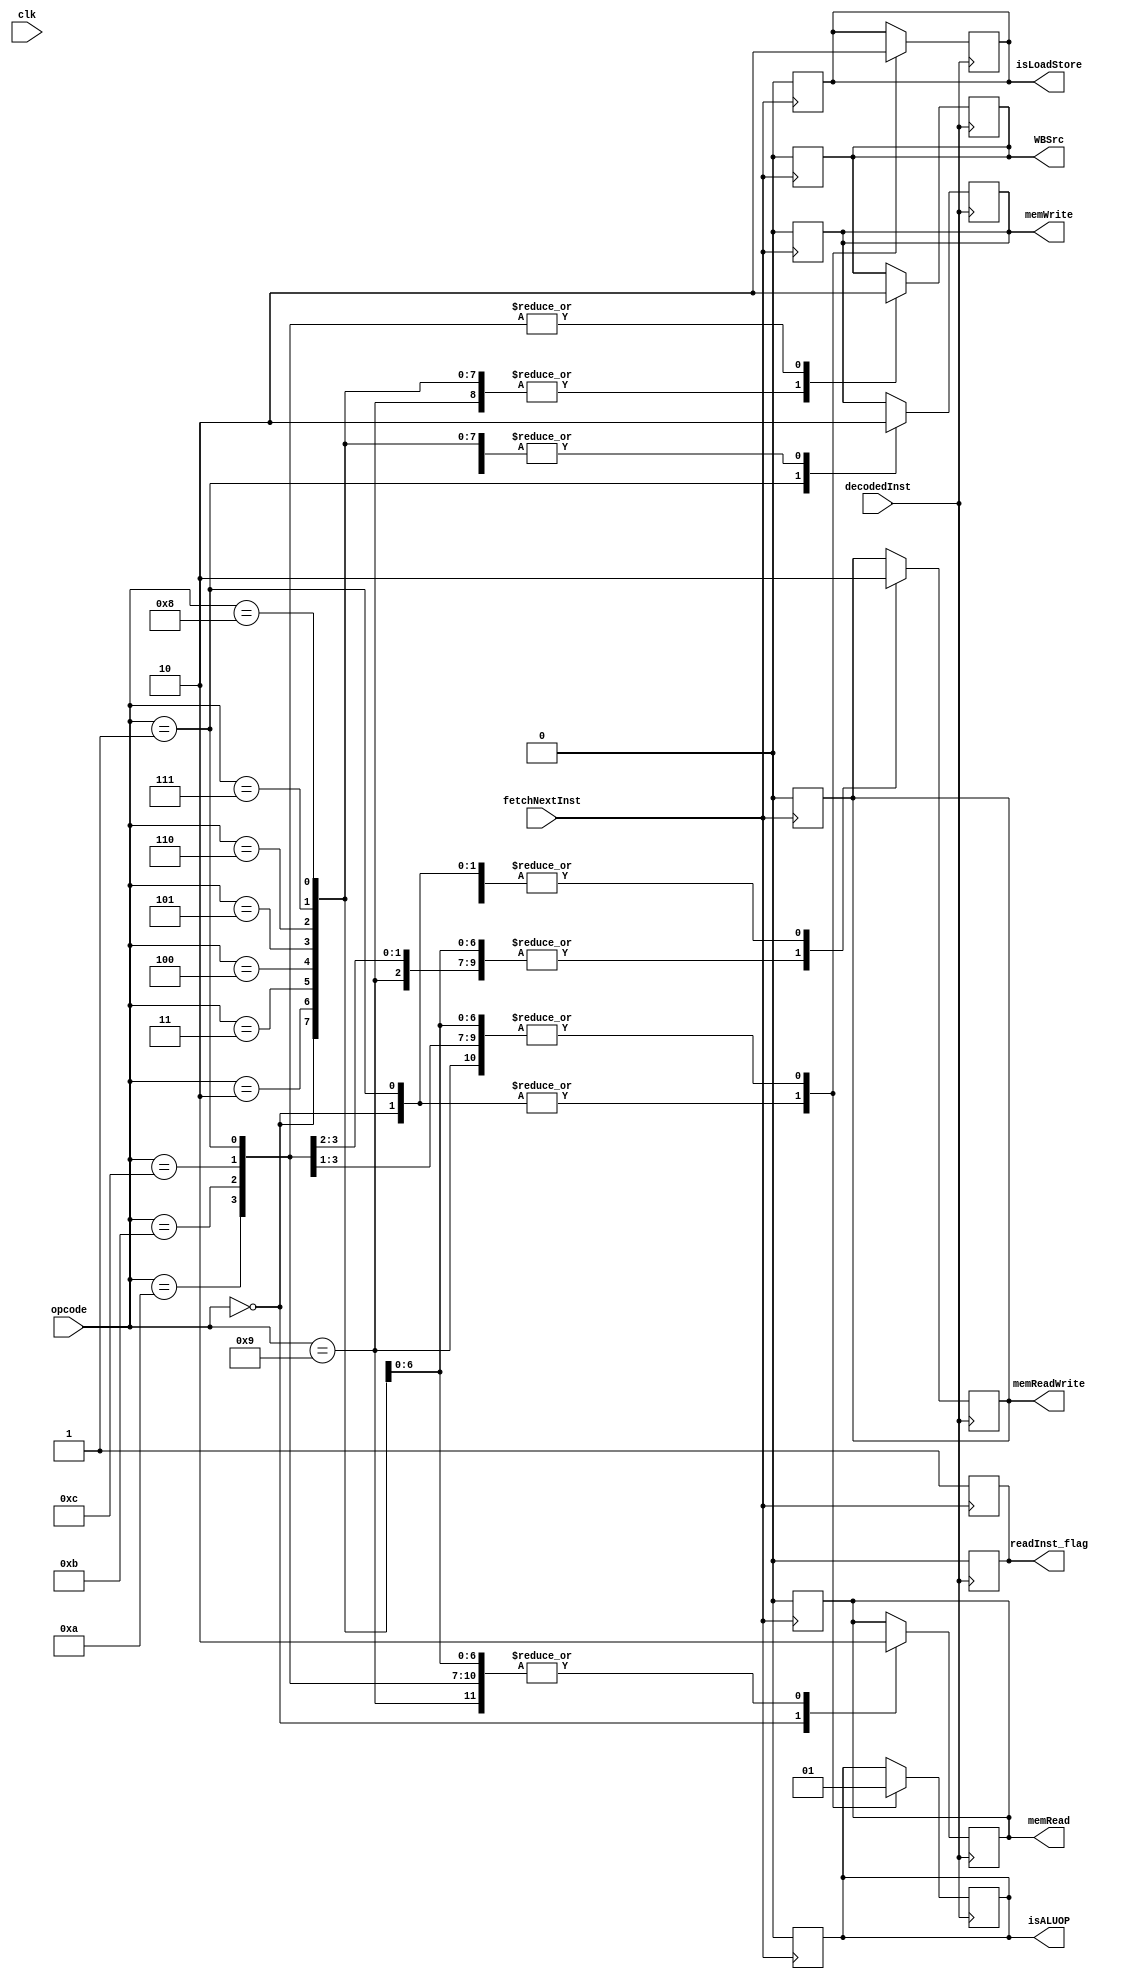
`timescale 1ns / 1ps

module Control_Unit(
	input clk,
	input [3:0] opcode,
	output reg readInst_flag,
	output reg memRead,
	output reg memWrite,
	output reg memReadWrite,
	output reg WBSrc,
	output reg isALUOP,
	output reg isLoadStore,
	input fetchNextInst,
	input decodedInst
);

// your logic
initial
	begin
		readInst_flag=1;
	end
	
always @(posedge fetchNextInst)
	begin
		memRead = 0;
		memWrite = 0;
		memReadWrite = 0;
		WBSrc = 0;
		isALUOP = 0;
		isLoadStore = 0;
		$display("reset all flags in control unit before next instruction.");
		readInst_flag = 1;
	end
	
always @(posedge decodedInst)
	begin
		readInst_flag = 0;
		case(opcode)
			0: begin
					memRead=1;
					memWrite=0;
					memReadWrite=0;
					WBSrc=1;
					isLoadStore=1;
					isALUOP = 0;
				end
			1: begin
					memRead=0;
					memWrite=1;
					memReadWrite=0;
					WBSrc=0;
					isLoadStore=1;
					isALUOP = 0;
				end
			2: begin
					memRead=0;
					memWrite=0;
					memReadWrite=1;
					WBSrc=1;
					isLoadStore=0;
					isALUOP = 1;
				end
			3: begin
					memRead=0;
					memWrite=0;
					memReadWrite=1;
					WBSrc=1;
					isLoadStore=0;
					isALUOP = 1;
				end
			4: begin
					memRead=0;
					memWrite=0;
					memReadWrite=1;
					WBSrc=1;
					isLoadStore=0;
					isALUOP = 1;
				end
			5: begin
					memRead=0;
					memWrite=0;
					memReadWrite=1;
					WBSrc=1;
					isLoadStore=0;
					isALUOP = 1;
				end
			6: begin
					memRead=0;
					memWrite=0;
					memReadWrite=1;
					WBSrc=1;
					isLoadStore=0;
					isALUOP = 1;
				end
			7: begin
					memRead=0;
					memWrite=0;
					memReadWrite=1;
					WBSrc=1;
					isLoadStore=0;
					isALUOP = 1;
				end
			8: begin
					memRead=0;
					memWrite=0;
					memReadWrite=1;
					WBSrc=1;
					isLoadStore=0;
					isALUOP = 1;
				end
			9: begin
					memRead=0;
					memWrite=0;
					memReadWrite=1;
					WBSrc=1;
					isLoadStore=0;
					isALUOP = 1;
				end
			10: begin
					memRead=0;
					memWrite=0;
					memReadWrite=1;
					WBSrc=0;
					isLoadStore=0;
					isALUOP = 1;
				end
			11: begin
					memRead=0;
					memWrite=0;
					memReadWrite=1;
					WBSrc=0;
					isLoadStore=0;
					isALUOP = 1;
				end
			12: begin
					memRead=0;
					memWrite=0;
					memReadWrite=0;
					WBSrc=0;
					isLoadStore=0;
					isALUOP = 1;
				end		
		endcase
	end
endmodule